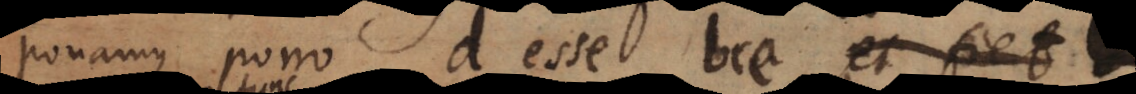
Ponamus porro d esse bce (id